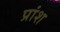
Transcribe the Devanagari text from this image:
प्रांश